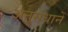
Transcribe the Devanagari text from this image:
अनुसंधानें